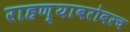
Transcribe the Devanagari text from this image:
राहण्याबरोबरच